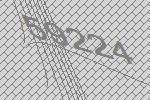
59224